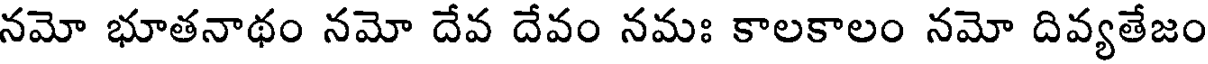
నమో భూతనాథం నమో దేవ దేవం నమః కాలకాలం నమో దివ్యతేజం